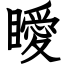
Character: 瞹